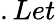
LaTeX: .Let